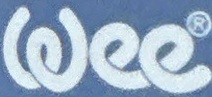
Wee